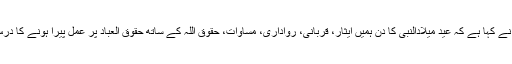
20 نومبر2018ء) چیئرمین سینیٹ محمد صادق سنجرانی نے کہا ہے کہ عید میلادالنبیؐ کا دن ہمیں ایثار، قربانی، رواداری، مساوات، حقوق اللہ کے ساتھ حقوق العباد پر عمل پیرا ہونے کا درس دیتا ہے جو دنیا و آخرت میں فلاح و نجات کا ذریعہ ہے۔